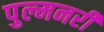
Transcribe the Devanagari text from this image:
पुल्मनरी